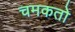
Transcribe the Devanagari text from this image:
चमकतो